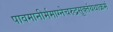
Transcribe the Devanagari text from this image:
पावमानीर्ममाग्नेचरुद्रसूक्तंयथाक्रमं